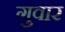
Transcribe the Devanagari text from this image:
गुवार